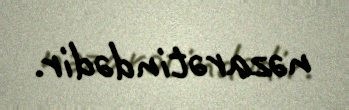
nəzarətindədir.